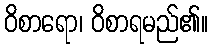
ဝိစာရော၊ ဝိစာရမည်၏။